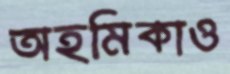
অহমিকাও